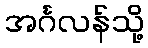
အင်္ဂလန်သို့